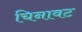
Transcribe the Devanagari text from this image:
चिनावट